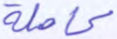
كاملة